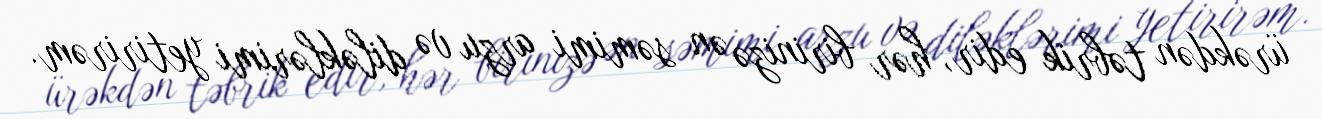
ürəkdən təbrik edir, hər birinizə ən səmimi arzu və diləklərimi yetirirəm.